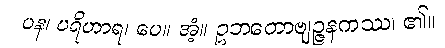
ပန၊ ပရိဟာရ၊ ပေ။ အံ့။ ဥဘတောဗျဉ္ဇနကဿ၊ ၏။